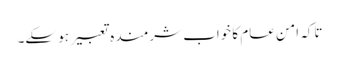
تاکہ امن عام کا خواب شرمندہ تعبیر ہو سکے۔